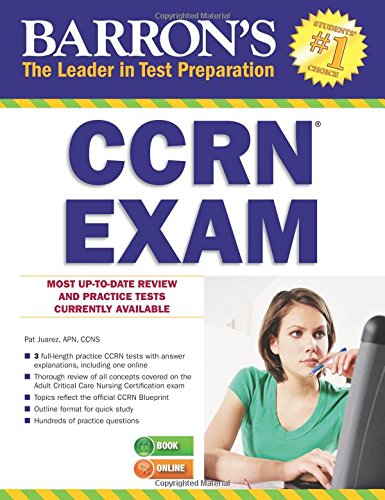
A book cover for Barron's CCRN Exam; Patricia Juarez APN CCRN CCNS; Test Preparation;